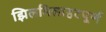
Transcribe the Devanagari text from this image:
झिलमिलाहटपूर्ण